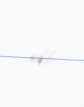
edib.